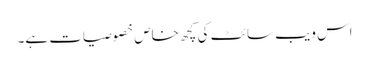
اس ویب سائٹ کی کچھ خاص خصوصیات ہے۔